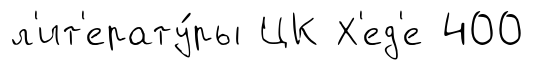
л'ит'ерату́ры ЦК Х'ед'е 400